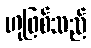
ဟုဖြစ်သည်